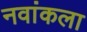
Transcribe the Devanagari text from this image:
नवांकला